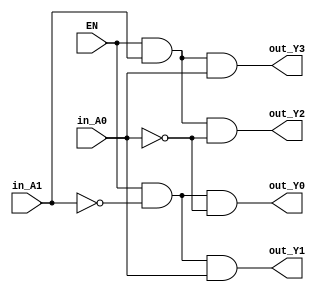
`timescale 1ns / 1ps
//////////////////////////////////////////////////////////////////////////////////
// Company: HITSZ
// 
// Design Name: 
// Module Name: Vr2to4dec
// Project Name: 
// Target Devices: 
// Tool Versions: 
// Description: 
// 
// Dependencies: 
// 
// Revision:
// Revision 0.01 - File Created
// Additional Comments:
// 
//////////////////////////////////////////////////////////////////////////////////


module Vr2to4dec(
    input EN,
    input in_A1,
    input in_A0,
    output out_Y3,
    output out_Y2,
    output out_Y1,
    output out_Y0
    );

    wire not_A0, not_A1;
    not U1(not_A0, in_A0); // not_A0 = ~in_A0
    not U2(not_A1, in_A1); // not_A1 = ~in_A1

    and U3(out_Y0, EN, not_A1, not_A0); // out_Y0 = EN & ~A1 & ~A0
    and U4(out_Y1, EN, not_A1, in_A0); // out_Y1 = EN & ~A1 & A0
    and U5(out_Y2, EN, in_A1, not_A0); // out_Y2 = EN & A1 & ~A0
    and U6(out_Y3, EN, in_A1, in_A0); // out_Y3 = EN & A1 & A0

endmodule